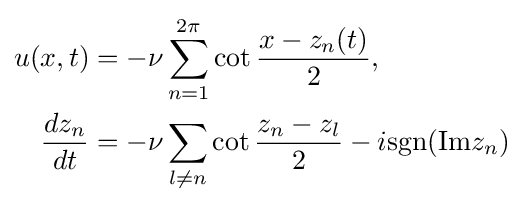
{\begin{aligned}u(x,t)&=-\nu \sum _{n=1}^{2\pi }\cot {\frac {x-z_{n}(t)}{2}},\\{\frac {dz_{n}}{dt}}&=-\nu \sum _{l\neq n}\cot {\frac {z_{n}-z_{l}}{2}}-i\mathrm {sgn} (\mathrm {Im} z_{n})\end{aligned}}